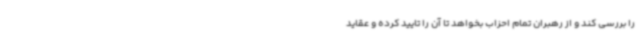
را بررسی کند و از رهبران تمام احزاب بخواهد تا آن را تایید کرده و عقاید